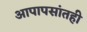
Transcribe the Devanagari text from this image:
आपापसांतही